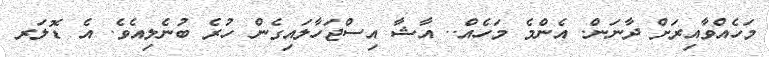
މަހެއްވާއިރަށް ދާނަން. އެންމެ މަހެއް.. އާޝާ އިސްޖަހާލައިގެން ހުރެ ބުނެލިއެވެ. އެ ޑޮލަރ